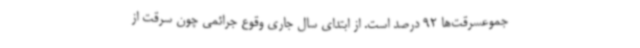
جموعسرقت‌ها 92 درصد است. از ابتدای سال جاری وقوع جرائمی چون سرقت از